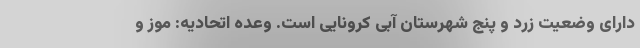
دارای وضعیت زرد و پنج شهرستان آبی کرونایی است. وعده اتحادیه: موز و